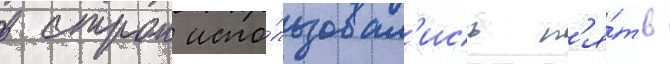
в строи испо́льзовал'ись п'я́ть